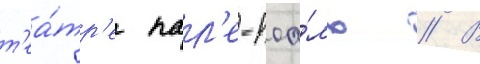
т'еа́тр'е пал'е-роа́ль // В